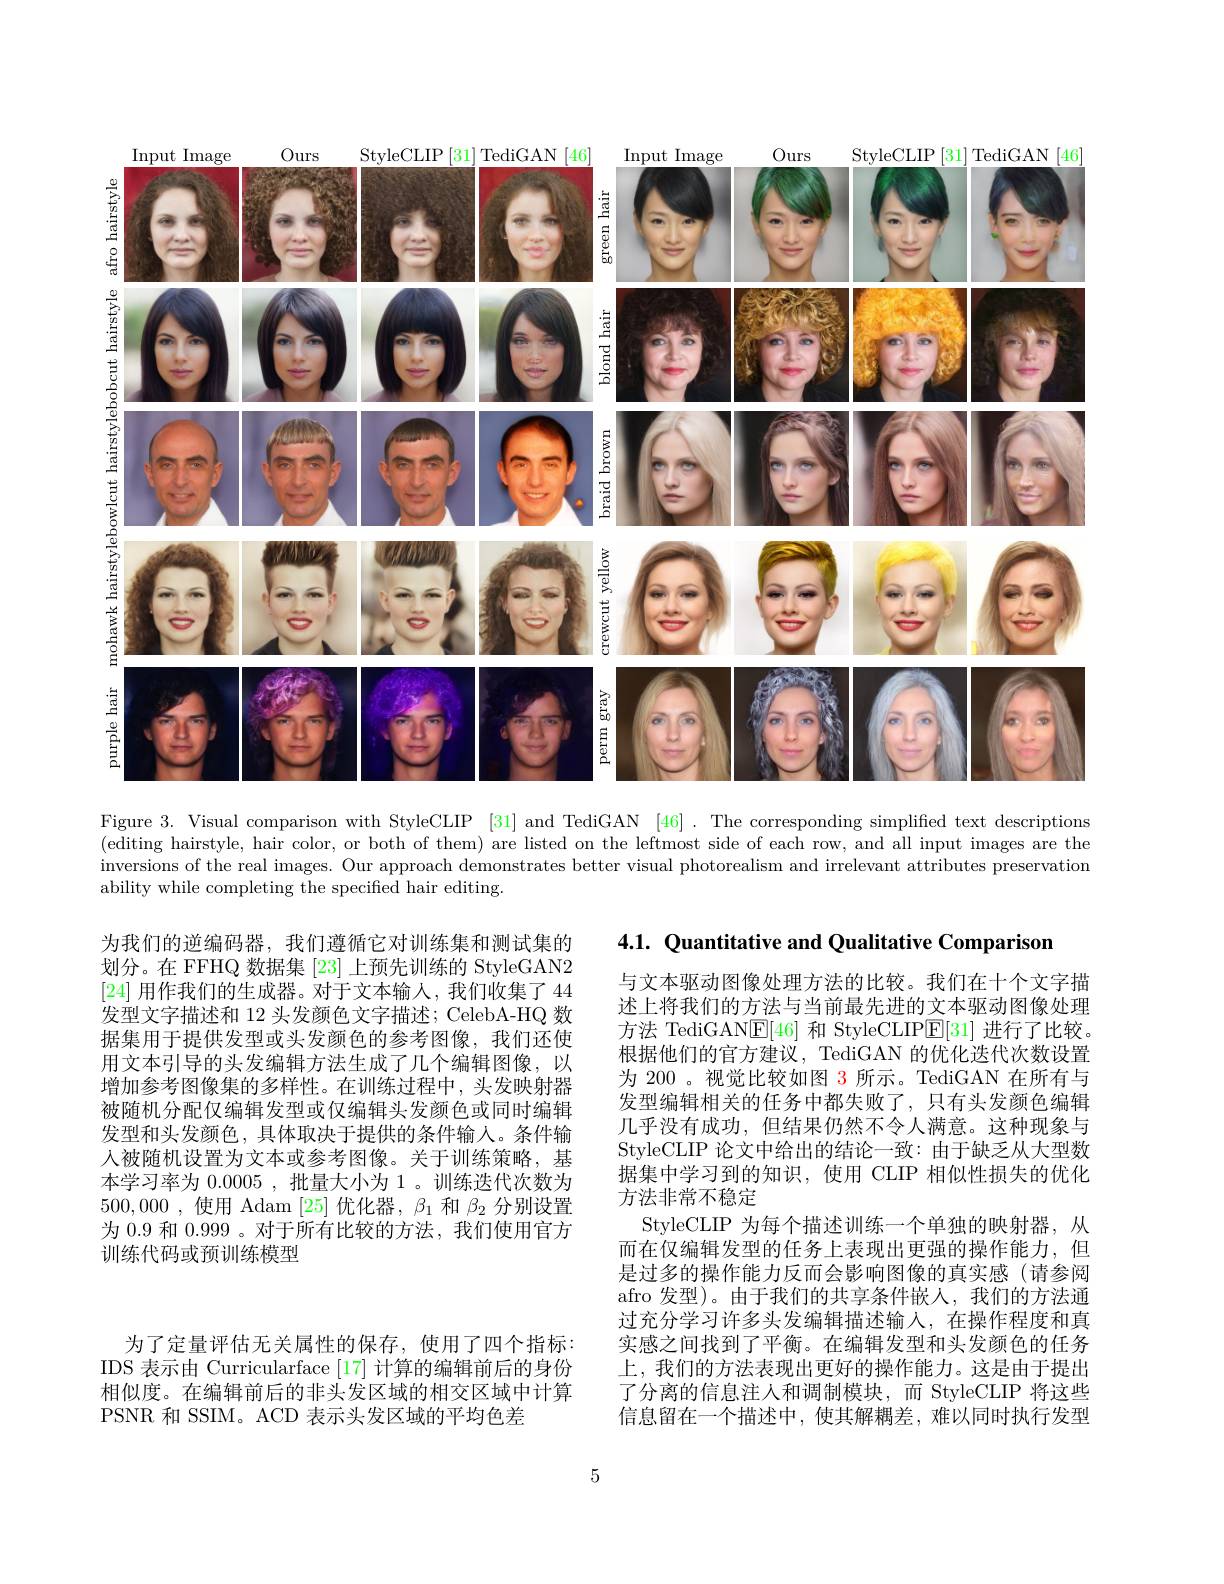
<FigureHere>
Figure 3. Visual comparison with StyleCLIP [31] and TediGAN [46]. The corresponding simplified text descriptions

(editing hairstyle, hair color, or both of them) are listed on the leftmost side of each row, and all input images are the inversions of the real images. Our approach demonstrates better visual photorealism and irrelevant attributes preservation ability while completing the specified hair editing.

4.1. Quantitative and Qualitative Comparison

为我们的逆编码器，我们遵循它对训练集和测试集的划分。在 FFHQ 数据集 [23] 上预先训练的 StyleGAN2 [24]用作我们的生成器。对于文本输人，我们收集了 44发型文字描述和 12 头发颜色文字描述；CelebA-HQ 数据集用于提供发型或头发颜色的参考图像，我们还使用文本引导的头发编辑方法生成了几个编辑图像，以增加参考图像集的多样性。在训练过程中，头发映射器被随机分配仅编辑发型或仅编辑头发颜色或同时编辑发型和头发颜色，具体取决于提供的条件输入。条件输入被随机设置为文本或参考图像。关于训练策略，基本学习率为0.0005 ,批量大小为 1。训练迭代次数为500,000 ,使用 Adam [25]优化器，$\beta_1$和$\beta_2$分别设置为 0.9 和0.999 。对于所有比较的方法，我们使用官方训练代码或预训练模型

与文本驱动图像处理方法的比较。我们在十个文字描述上将我们的方法与当前最先进的文本驱动图像处理方法 TediGAN$\boxed{\mathrm{E}}[46]$和 StyleCLIP$\boxed{\mathrm{E}}[31]$进行了比较。根据他们的官方建议，TediGAN 的优化迭代次数设置为 200 。视觉比较如图 3 所示。TediGAN 在所有与发型编辑相关的任务中都失败了，只有头发颜色编辑几乎没有成功，但结果仍然不令人满意。这种现象与StyleCLIP 论文中给出的结论一致：由于缺乏从大型数据集中学习到的知识，使用 CLIP 相似性损失的优化方法非常不稳定
StyleCLIP 为每个描述训练一个单独的映射器，从而在仅编辑发型的任务上表现出更强的操作能力，但是过多的操作能力反而会影响图像的真实感(请参阅afro 发型)。由于我们的共享条件嵌人，我们的方法通过充分学习许多头发编辑描述输入，在操作程度和真实感之间找到了平衡。在编辑发型和头发颜色的任务上，我们的方法表现出更好的操作能力。这是由于提出了分离的信息注人和调制模块，而 StyleCLIP 将这些信息留在一个描述中，使其解耦差，难以同时执行发型

为了定量评估无关属性的保存，使用了四个指标： IDS 表示由 Curricularface [17] 计算的编辑前后的身份相似度。在编辑前后的非头发区域的相交区域中计算PSNR 和 SSIM。ACD 表示头发区域的平均色差

5